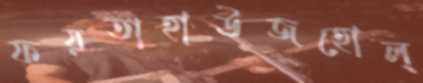
ফয়তাহাউজহোল্